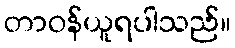
တာဝန်ယူရပါသည်။